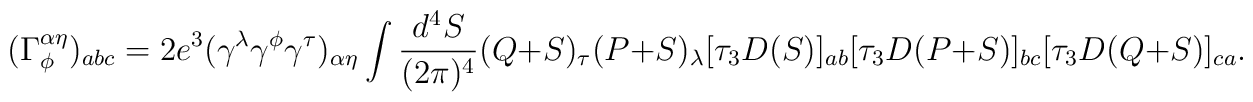
(\Gamma^{\alpha\eta}_{\phi})_{abc} = 2e^3(\gamma^\lambda \gamma^\phi \gamma^\tau)_{\alpha\eta} \int \frac{d^4 S}{(2\pi)^4} (Q+S)_{\tau} (P+S)_\lambda [\tau_3 D(S)]_{ab} [\tau_3 D(P+S) ]_{bc}[\tau_3 D(Q+S)]_{ca}.